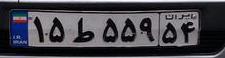
۱۵ط۵۵۹۵۴